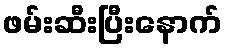
ဖမ်းဆီးပြီးနောက်